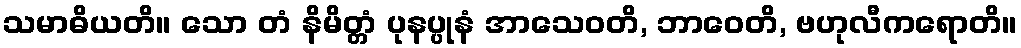
သမာဓိယတိ။ သော တံ နိမိတ္တံ ပုနပ္ပုနံ အာသေဝတိ, ဘာဝေတိ, ဗဟုလီကရောတိ။